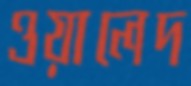
ওয়ালেদ